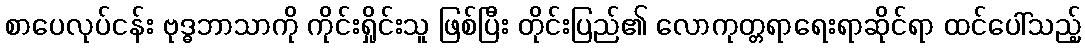
စာပေလုပ်ငန်း ဗုဒ္ဓဘာသာကို ကိုင်းရှိုင်းသူ ဖြစ်ပြီး တိုင်းပြည်၏ လောကုတ္တရာရေးရာဆိုင်ရာ ထင်ပေါ်သည့်